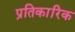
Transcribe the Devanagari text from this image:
प्रतिकारिक